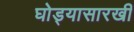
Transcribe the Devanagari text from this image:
घोड्यासारखी